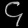
Digit: ၄